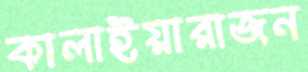
কালাইয়ারাজন